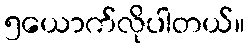
၅ယောက်လိုပါတယ်။